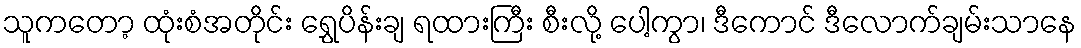
သူကတော့ ထုံးစံအတိုင်း ရွှေပိန်းချ ရထားကြီး စီးလို့ ပေါ့ကွာ၊ ဒီကောင် ဒီလောက်ချမ်းသာနေ